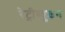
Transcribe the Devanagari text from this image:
रेट्रीब्युशन